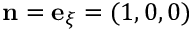
\mathbf { n } = \mathbf { e } _ { \xi } = ( 1 , 0 , 0 )